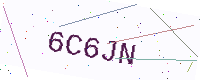
Text: 6C6JN